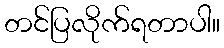
တင်ပြလိုက်ရတာပါ။